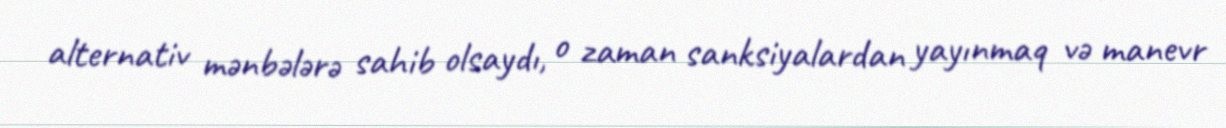
alternativ mənbələrə sahib olsaydı, o zaman sanksiyalardan yayınmaq və manevr